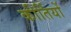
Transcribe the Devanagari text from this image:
कीर्तियों